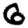
Digit: 6